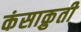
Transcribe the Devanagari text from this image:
कंसाक्रुती